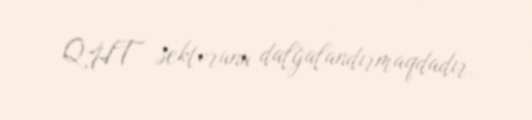
QHT sektorunu dalğalandırmaqdadır.